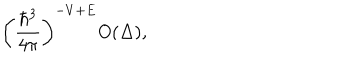
LaTeX: \left( { \frac { \hbar ^ { 3 } } { 4 \pi } } \right) ^ { - V + E } O ( \Delta ) ,